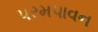
પરમપાવન